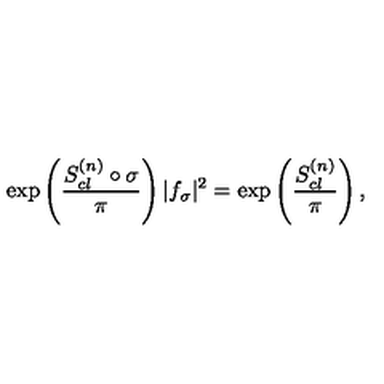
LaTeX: \exp \left( { \frac { S _ { c l } ^ { ( n ) } \circ \sigma } { \pi } } \right) | f _ { \sigma } | ^ { 2 } = \exp \left( { \frac { S _ { c l } ^ { ( n ) } } { \pi } } \right) ,